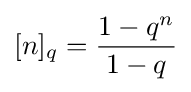
[n]_{q}={\frac {1-q^{n}}{1-q}}